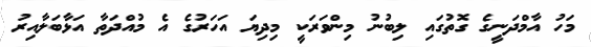
މަހު އާމްދަނީގެ ގޮތުގައި ލިބުނު މިންވަރަކީ މިދިޔަ އަހަރުގެ އެ މުއްދަތާ އަޅާބަލާއިރު